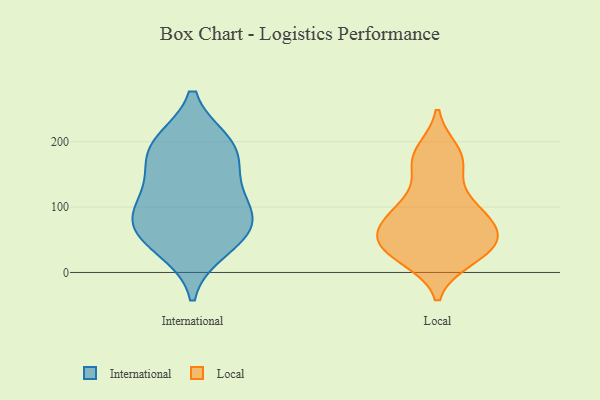
{"axis": {"x": "Headcount", "y": "Value"}, "legend": ["International", "Local"], "data": [{"x": "", "y": 113, "type": "International"}, {"x": "", "y": 185, "type": "International"}, {"x": "", "y": 65, "type": "International"}, {"x": "", "y": 96, "type": "International"}, {"x": "", "y": 148, "type": "International"}, {"x": "", "y": 193, "type": "International"}, {"x": "", "y": 80, "type": "International"}, {"x": "", "y": 37, "type": "International"}, {"x": "", "y": 197, "type": "International"}, {"x": "", "y": 59, "type": "International"}, {"x": "", "y": 184, "type": "Local"}, {"x": "", "y": 173, "type": "Local"}, {"x": "", "y": 28, "type": "Local"}, {"x": "", "y": 95, "type": "Local"}, {"x": "", "y": 98, "type": "Local"}, {"x": "", "y": 48, "type": "Local"}, {"x": "", "y": 67, "type": "Local"}, {"x": "", "y": 98, "type": "Local"}, {"x": "", "y": 37, "type": "Local"}, {"x": "", "y": 22, "type": "Local"}, {"x": "", "y": 162, "type": "Local"}, {"x": "", "y": 57, "type": "Local"}, {"x": "", "y": 53, "type": "Local"}]}